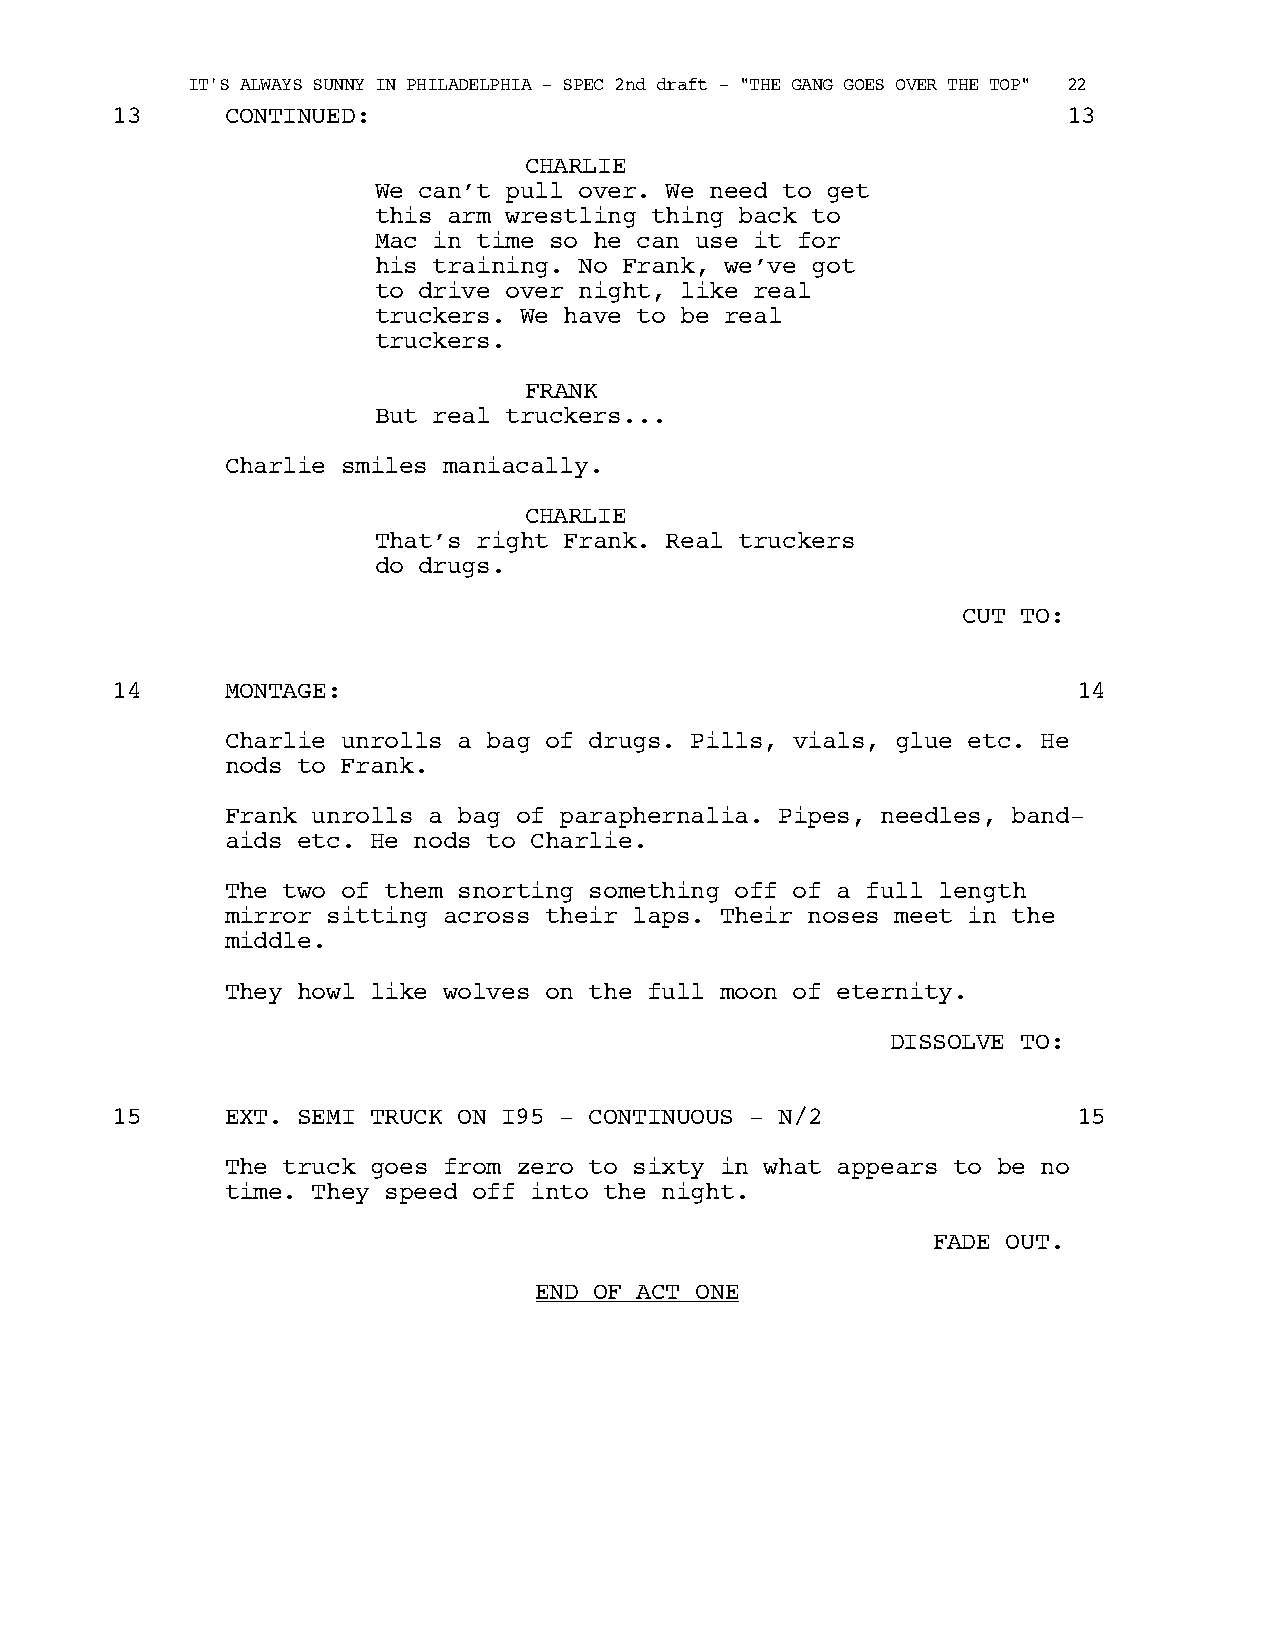
IT'S ALWAYS SUNNY IN PHILADELPHIA - SPEC 2nd draft - "THE GANG GOES OVER THE TOP" 22
 13      CONTINUED:                                              13
 CHARLIE
 We can’t pull over. We need to get
 this arm wrestling thing back to
 Mac in time so he can use it for
 his training. No Frank, we’ve got
 to drive over night, like real
 truckers. We have to be real
 truckers.
 FRANK
 But real truckers...
 Charlie smiles maniacally.
 CHARLIE
 That’s right Frank. Real truckers
 do drugs.
 CUT TO:
 14      MONTAGE:                                                14
 Charlie unrolls a bag of drugs. Pills, vials, glue etc. He
 nods to Frank.
 Frank unrolls a bag of paraphernalia. Pipes, needles, band-
 aids etc. He nods to Charlie.
 The two of them snorting something off of a full length
 mirror sitting across their laps. Their noses meet in the
 middle.
 They howl like wolves on the full moon of eternity.
 DISSOLVE TO:
 15      EXT. SEMI TRUCK ON I95 - CONTINUOUS - N/2               15
 The truck goes from zero to sixty in what appears to be no
 time. They speed off into the night.
 FADE OUT.
 END OF ACT ONE